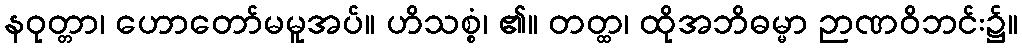
နဝုတ္တာ၊ ဟောတော်မမူအပ်။ ဟိသစ္စံ၊ ၏။ တတ္ထ၊ ထိုအဘိဓမ္မာ ဉာဏဝိဘင်း၌။